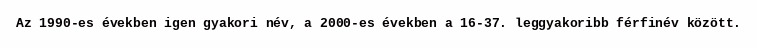
Az 1990-es években igen gyakori név, a 2000-es években a 16-37. leggyakoribb férfinév között.